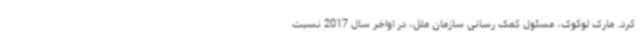
کرد. مارک لوکوک، مسئول کمک رسانی سازمان ملل، در اواخر سال 2017 نسبت